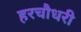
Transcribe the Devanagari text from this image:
हरचौधरी